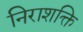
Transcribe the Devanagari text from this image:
निराशक्ति